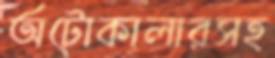
অটোকালারসহ